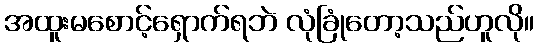
အထူးမစောင့်ရှောက်ရဘဲ လုံခြုံတော့သည်ဟူလို။